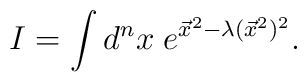
I=\int d^{n}x\; e^{\vec{x}^{2}-\lambda (\vec{x}^{2})^{2}}.